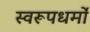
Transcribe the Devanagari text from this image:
स्वरूपधर्मों